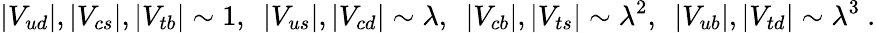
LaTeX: |V_{ud}|,|V_{cs}|,|V_{tb}|\sim 1,~~|V_{us}|,|V_{cd}|\sim\lambda,~~|V_{cb}|,|V_{ts}|\sim\lambda^{2},~~|V_{ub}|,|V_{td}|\sim\lambda^{3}\ .